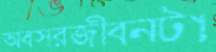
অবসরজীবনটা